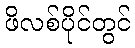
ဖိလစ်ပိုင်တွင်